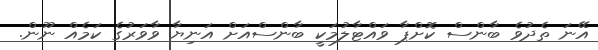
އޭނަ ތެދުވެ ބާންސް ކޮށްޕާ ވައްޓާލުމަކީ ބާންސްއަށް އަނިޔާ ވާވަރުގެ ކަމެއް ނޫން.